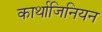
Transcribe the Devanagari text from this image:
कार्थाजिनियन